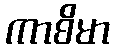
ကာစိမာ